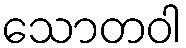
သောတဝါ